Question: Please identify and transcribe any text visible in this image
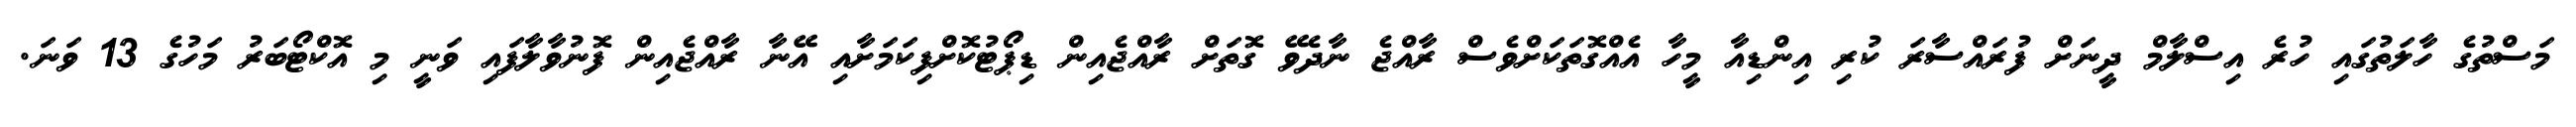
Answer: މަސްތުގެ ހާލަތުގައި ހުރެ އިސްލާމް ދީނަށް ފުރައްސާރަ ކުރި އިންޑިއާ މީހާ އެއްގޮތަކަށްވެސް ރާއްޖެ ނާދެވޭ ގޮތަށް ރާއްޖެއިން ޑިޕޯޓުކޮށްފިކަމަށާއި އޭނާ ރާއްޖެއިން ފޮނުވާލާފައި ވަނީ މި އޮކްޓޯބަރު މަހުގެ 13 ވަނަ.